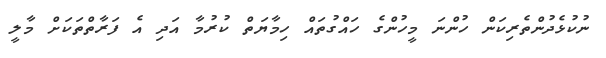
ނުކުޅެދުންތެރިކަން ހުންނަ މީހުންގެ ހައްގުތައް ހިމާޔަތް ކުރުމާ އަދި އެ ފަރާތްތަކަށް މާލީ